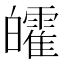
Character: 皬